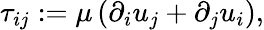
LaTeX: \tau_{ij}:=\mu\, (\partial_{i}u_{j}+\partial_{j}u_{i}),